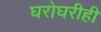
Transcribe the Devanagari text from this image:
घरोघरीही